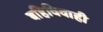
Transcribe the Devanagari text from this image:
बहिविवाही